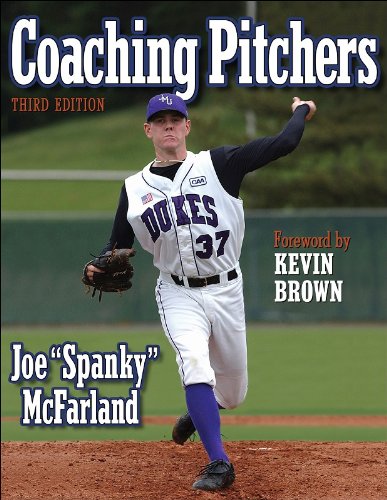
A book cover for Coaching Pitchers - 3rd Edition; Joe McFarland; Sports & Outdoors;